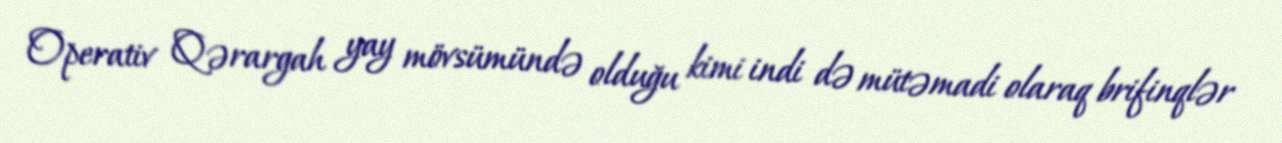
Operativ Qərargah yay mövsümündə olduğu kimi indi də mütəmadi olaraq brifinqlər